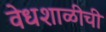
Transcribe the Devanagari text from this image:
वेधशाळीची